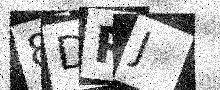
Text: 8DPJ